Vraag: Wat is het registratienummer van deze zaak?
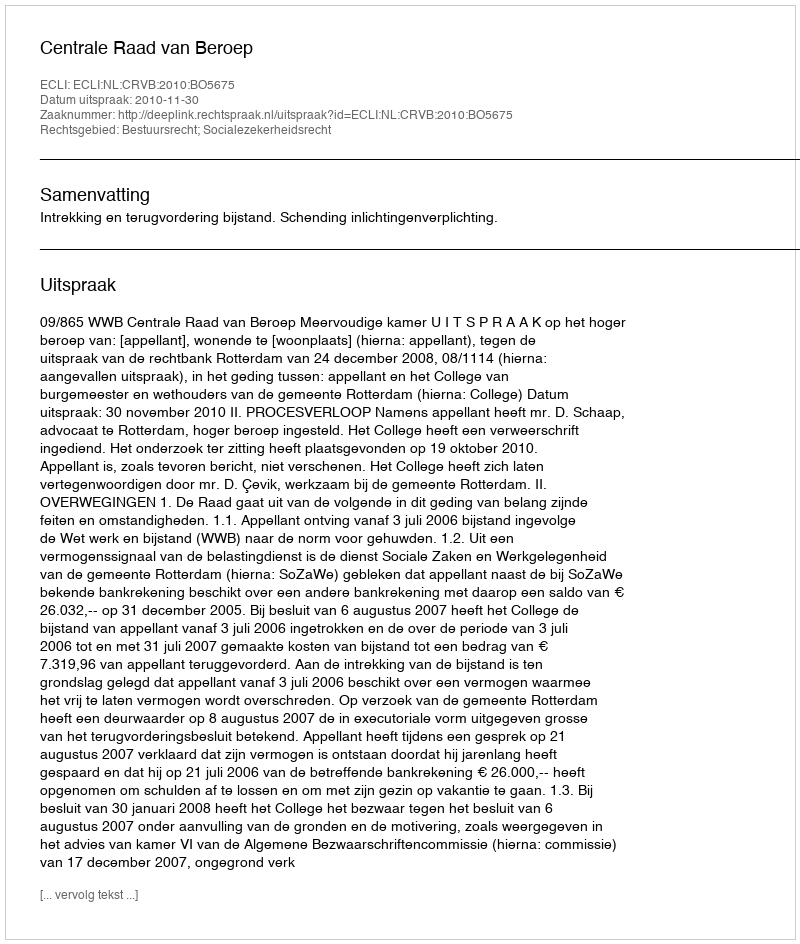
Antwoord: http://deeplink.rechtspraak.nl/uitspraak?id=ECLI:NL:CRVB:2010:BO5675